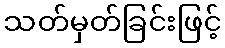
သတ်မှတ်ခြင်းဖြင့်